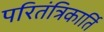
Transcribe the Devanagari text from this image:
परितंत्रिकार्ति